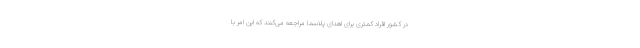
در کشور افراد کمتری برای اهدای پلاسما مراجعه می‌کنند که این امر با